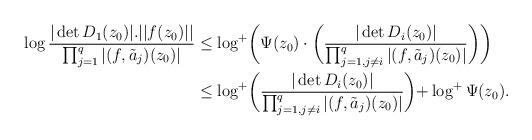
LaTeX: \begin{align*}\log\dfrac{|\det D_1(z_0)|.||f(z_0)||}{\prod_{j=1}^{q}|(f,\tilde a_j)(z_0)|}& \le\log^+\biggl ( \Psi (z_0)\cdot \biggl(\dfrac{|\det D_i(z_0)|}{\prod_{j=1,j\ne i}^{q}|(f,\tilde a_j)(z_0)|}\biggl)\biggl )\\& \le\log^+\biggl(\dfrac{|\det D_i(z_0)|}{\prod_{j=1,j\ne i}^{q}|(f,\tilde a_j)(z_0)|}\biggl)+\log^+\Psi (z_0).\end{align*}